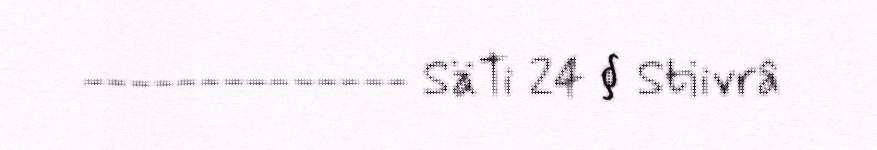
-------------- SäTi 24 § Stiivrâ